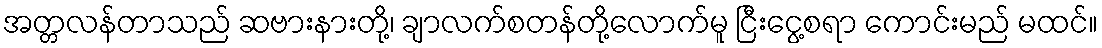
အတ္တလန်တာသည် ဆဗားနားတို့၊ ချာလက်စတန်တို့လောက်မူ ငြီးငွေ့စရာ ကောင်းမည် မထင်။